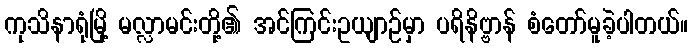
ကုသိနာရုံမြို့ မလ္လာမင်းတို့၏ အင်ကြင်းဥယျာဉ်မှာ ပရိနိဗ္ဗာန် စံတော်မူခဲ့ပါတယ်။